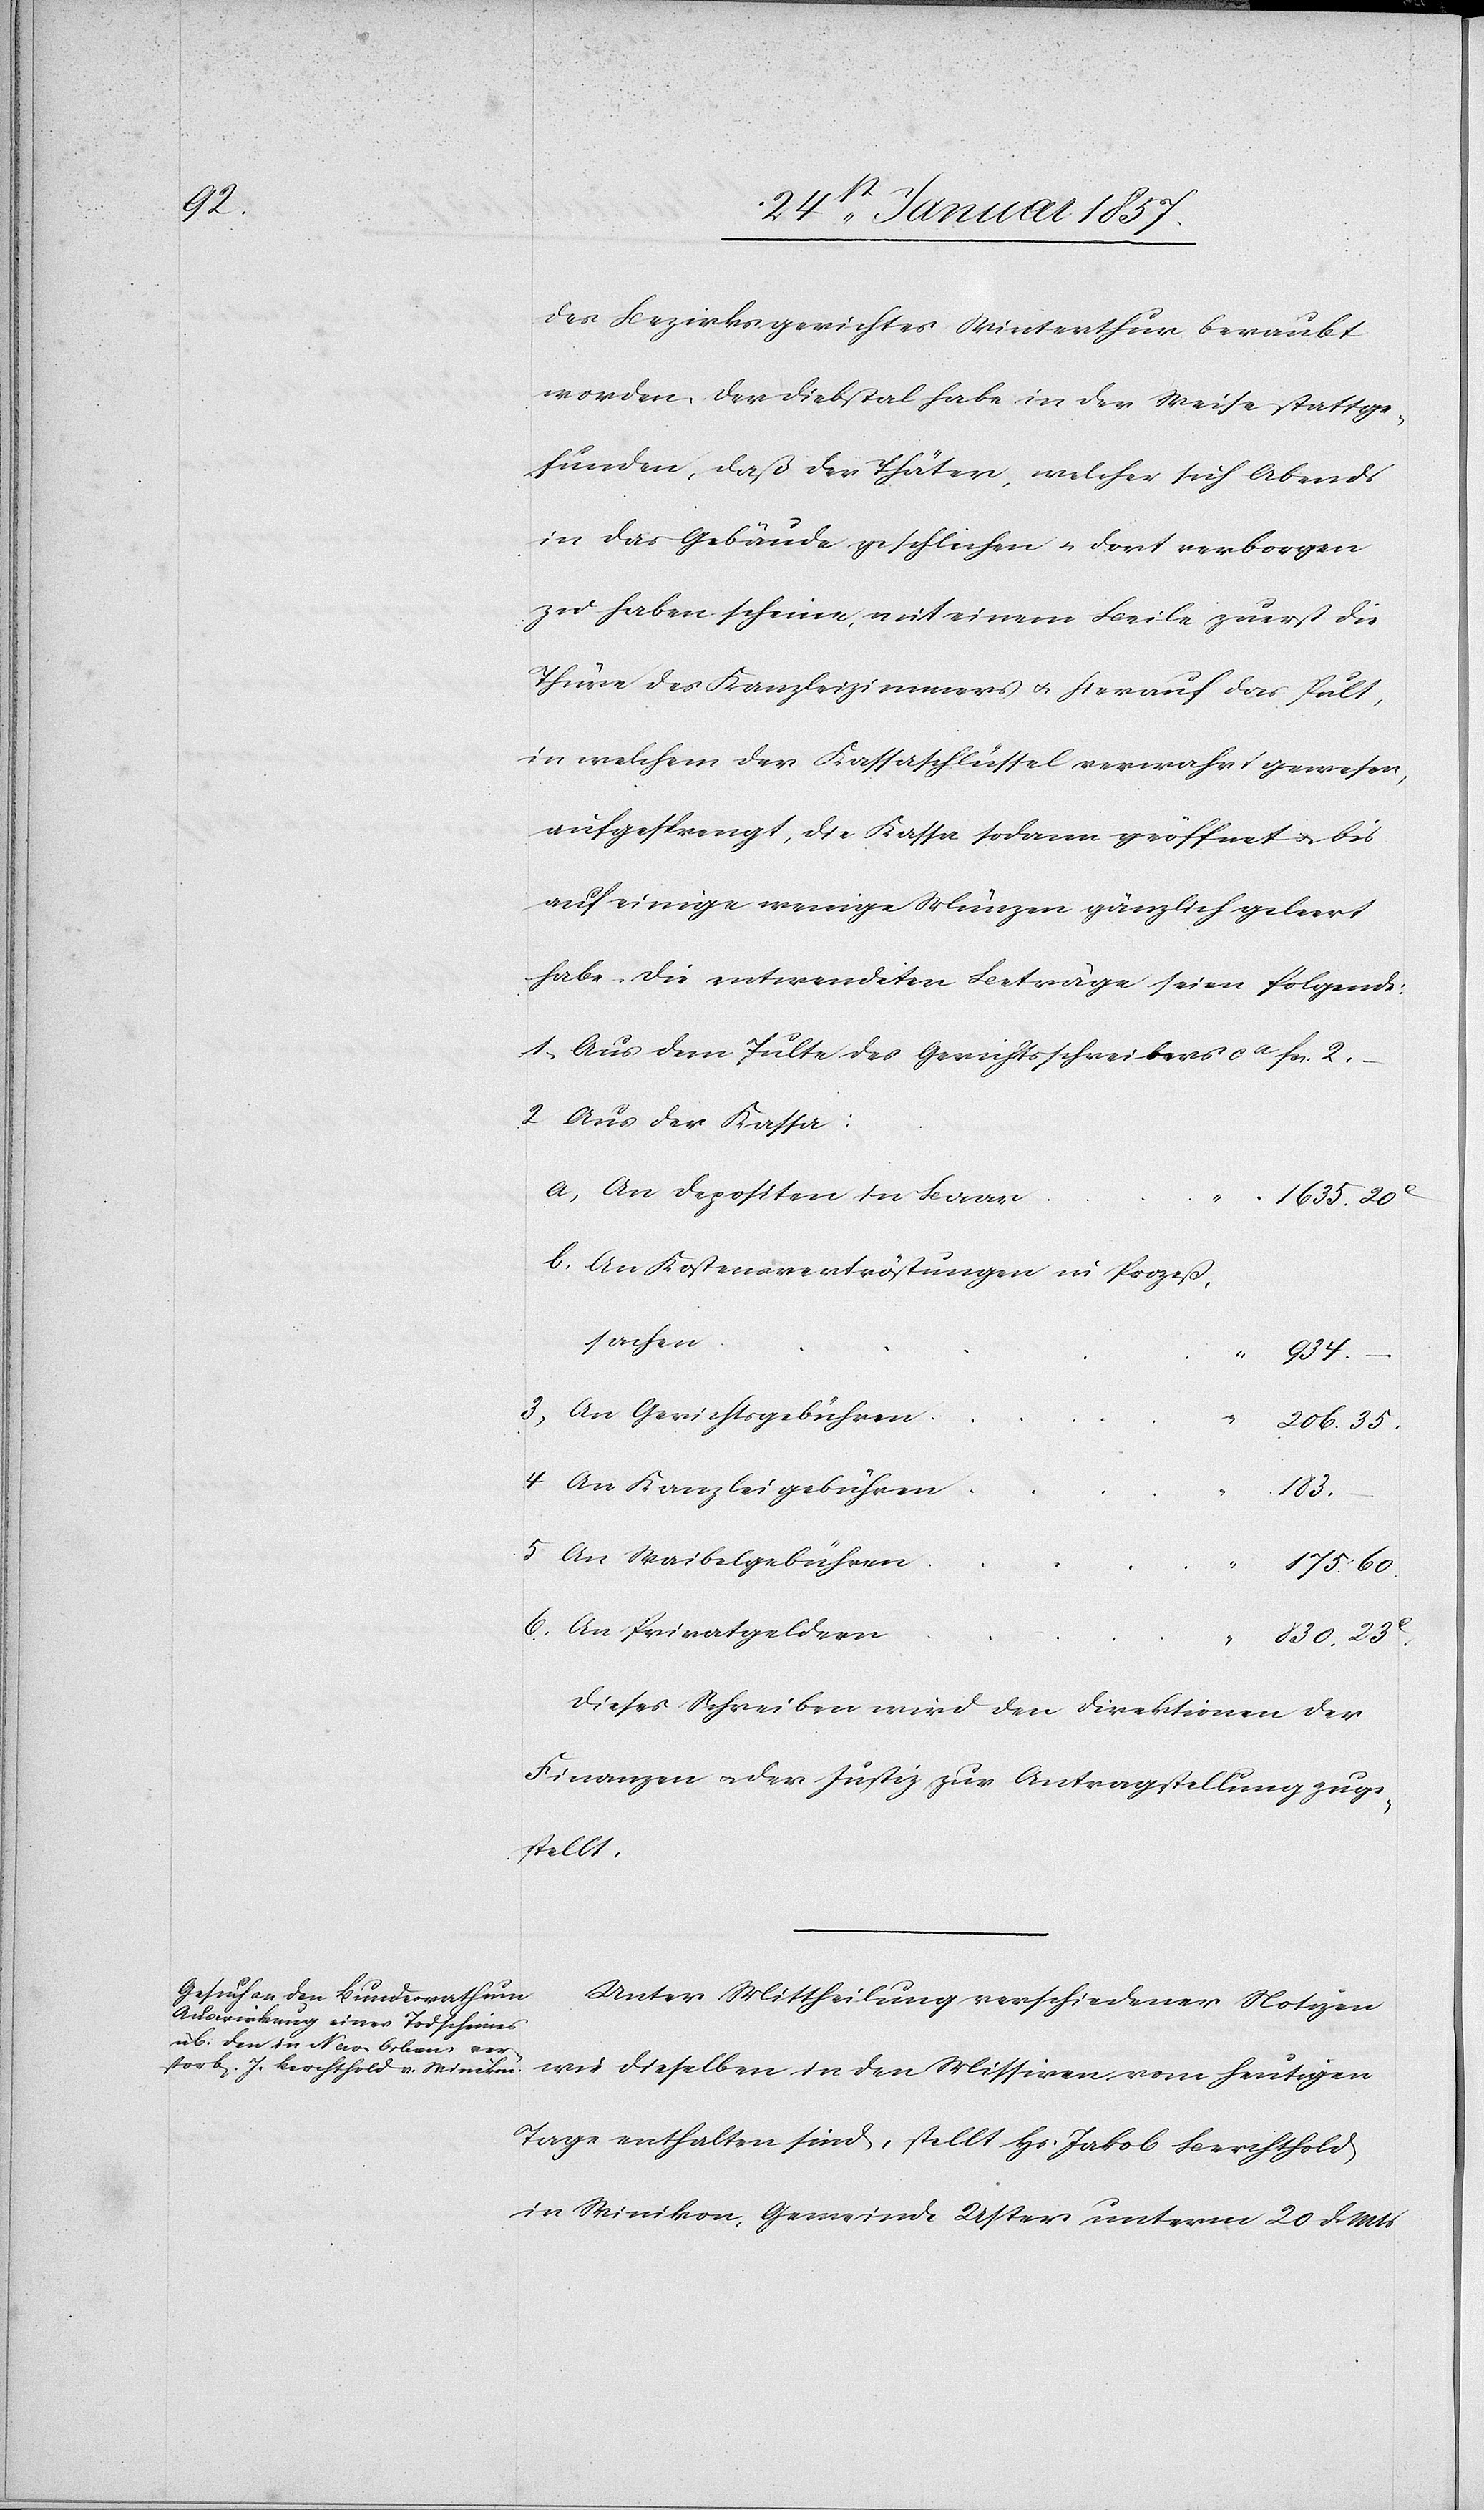
des Bezirksgerichtes Winterthur beraubt
worden, der Diebstal habe in der Weise stattge¬
funden, daß der Thäter, welcher sich Abends
in das Gebäude geschlichen u. dort verborgen
zu haben scheine, mit einem Beile zuerst die
Thüre des Kanzleizimmers & hierauf das Pult,
in welchem der Kassaschlüssel verwahrt gewesen,
aufgesprengt, die Kassa sodann geöffnet & bis
auf einige wenige Münzen gänzlich geleert
habe. Die entwendeten Beträge seien Folgende:
1. Aus dem Pulte des Gerichtschreibers ca
2 Aus der Kassa:
a, An Depositen in Baar
“
1635. 20
b, An Kostensvertröstungen in Prozeß¬
sachen
830.
3, An Gerichtsgebühren
“
206. 35.
4 An Kanzleigebühren
183.–
5 An Waibelgebühren
23
175. 60.
6. An Privatgeldern
Dieses Schreiben wird den Direktionen der
Finanzen u. der Justiz zur Antragstellung zuge¬
stellt.
Unter Mittheilung verschiedener Notzien
wie dieselben in den Missiven vom heutigen
Tage enthalten sind, stellt, Hs. Jakob Berchthold
in Winikon, Gemeinde Uster unterm 20 d. Mts